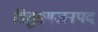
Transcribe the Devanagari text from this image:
त्रितुङ्गजनपद